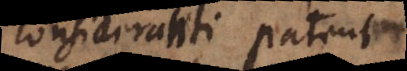
consideranti patent